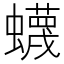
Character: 蠛